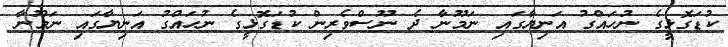
ކުޑަގޮޅީގެ ނުހައްގު އަނިޔާގައި ނަމޫނާ ދެ ނޫސްވެރިން ކުޑަގޮޅީގެ ނުހައްގު އަނިޔާގައި ނަމޫނާ